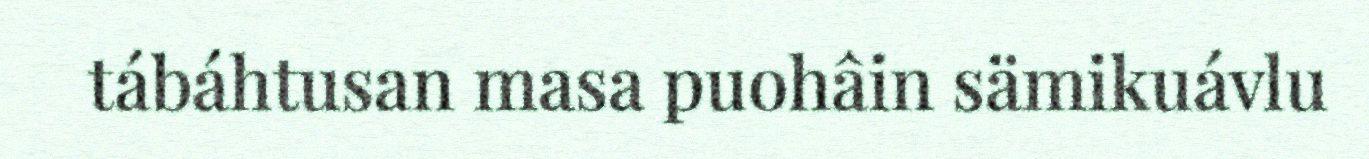
tábáhtusan masa puohâin sämikuávlu